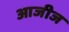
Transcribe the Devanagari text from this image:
आजीज